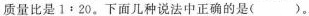
质量比是$$1﹔20$$。下面几种说法中正确的是( )。